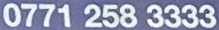
0771 258 3333